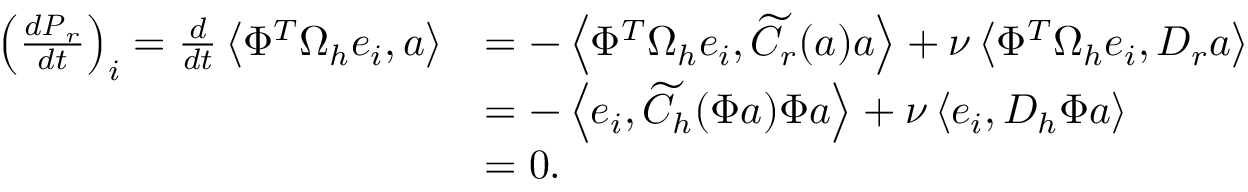
\begin{array} { r l } { \left( \frac { d \boldsymbol { P } _ { r } } { d t } \right) _ { i } = \frac { d } { d t } \left< \Phi ^ { T } \Omega _ { h } \boldsymbol { e } _ { i } , \boldsymbol { a } \right> } & { = - \left< \Phi ^ { T } \Omega _ { h } \boldsymbol { e } _ { i } , \widetilde { C } _ { r } ( \boldsymbol { a } ) \boldsymbol { a } \right> + \nu \left< \Phi ^ { T } \Omega _ { h } \boldsymbol { e } _ { i } , D _ { r } \boldsymbol { a } \right> } \\ & { = - \left< \boldsymbol { e } _ { i } , \widetilde { C } _ { h } ( \Phi \boldsymbol { a } ) \Phi \boldsymbol { a } \right> + \nu \left< \boldsymbol { e } _ { i } , D _ { h } \Phi \boldsymbol { a } \right> } \\ & { = 0 . } \end{array}